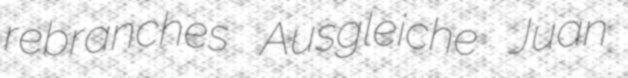
rebranches Ausgleiche Juan